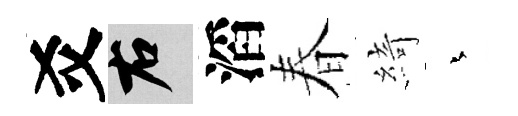
爻右滔春綺蒼